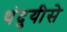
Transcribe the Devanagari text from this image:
थंदुयीसे